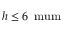
h \le 6 \, \mathrm { { \ m u m } }